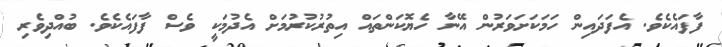
ފާފައެކެވެ. އެފަދައިން ހަމަކަށަވަރުން އޭނާ ހެޔޮކަންތައް އިތުރުކުރުމަށް އެދުމަކީ ވެސް ފާފައެކެވެ. ބުއްދިވެރި